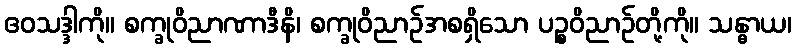
ဧဝသဒ္ဒါကို။ စက္ခုဝိညာဏာဒီနိ၊ စက္ခုဝိညာဉ်အစရှိသော ပဉ္စဝိညာဉ်တို့ကို။ သန္ဓာယ၊